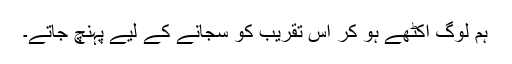
ہم لوگ اکٹھے ہو کر اس تقریب کو سجانے کے لیے پہنچ جاتے۔